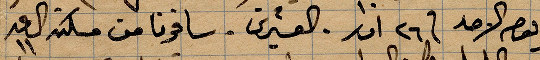
يوم الاحد في ٢٦ اذار_العشرين. سافرنا من مسكنه الساعة ١١